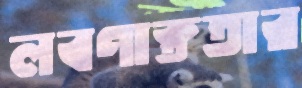
লবণাক্ততার